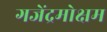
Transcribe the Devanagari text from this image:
गजेंद्रमोक्षम